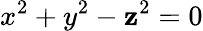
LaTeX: x^{2}+y^{2}-\mathbf{z}^{2}=0